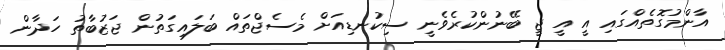
އާންމުގޮތެއްގައި އީ އީ ޖީ ބޭނުންކުރެވެނީ ސިކުނޑިއަށް މެސެޖްތައް ބަލައިގަތުން ޖަޒުބާތު ހަދާން